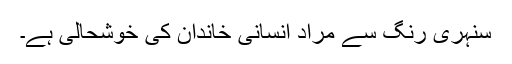
سنہری رنگ سے مراد انسانی خاندان کی خوشحالی ہے۔